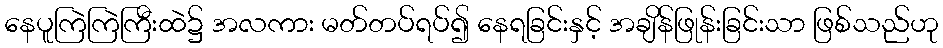
နေပူကြဲကြဲကြီးထဲ၌ အလကား မတ်တပ်ရပ်၍ နေရခြင်းနှင့် အချိန်ဖြုန်းခြင်းသာ ဖြစ်သည်ဟု